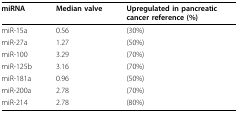
<table><thead><tr><td><b>miRNA</b></td><td><b>Median valve</b></td><td><b>Upregulated in pancreatic cancer reference (%)</b></td></tr></thead><tbody><tr><td>miR-15a</td><td>0.56</td><td>(30%)</td></tr><tr><td>miR-27a</td><td>1.27</td><td>(50%)</td></tr><tr><td>miR-100</td><td>3.29</td><td>(70%)</td></tr><tr><td>miR-125b</td><td>3.16</td><td>(70%)</td></tr><tr><td>miR-181a</td><td>0.96</td><td>(50%)</td></tr><tr><td>miR-200a</td><td>2.78</td><td>(70%)</td></tr><tr><td>miR-214</td><td>2.78</td><td>(80%)</td></tr></tbody></table>